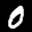
Label: 0